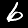
Digit: 6